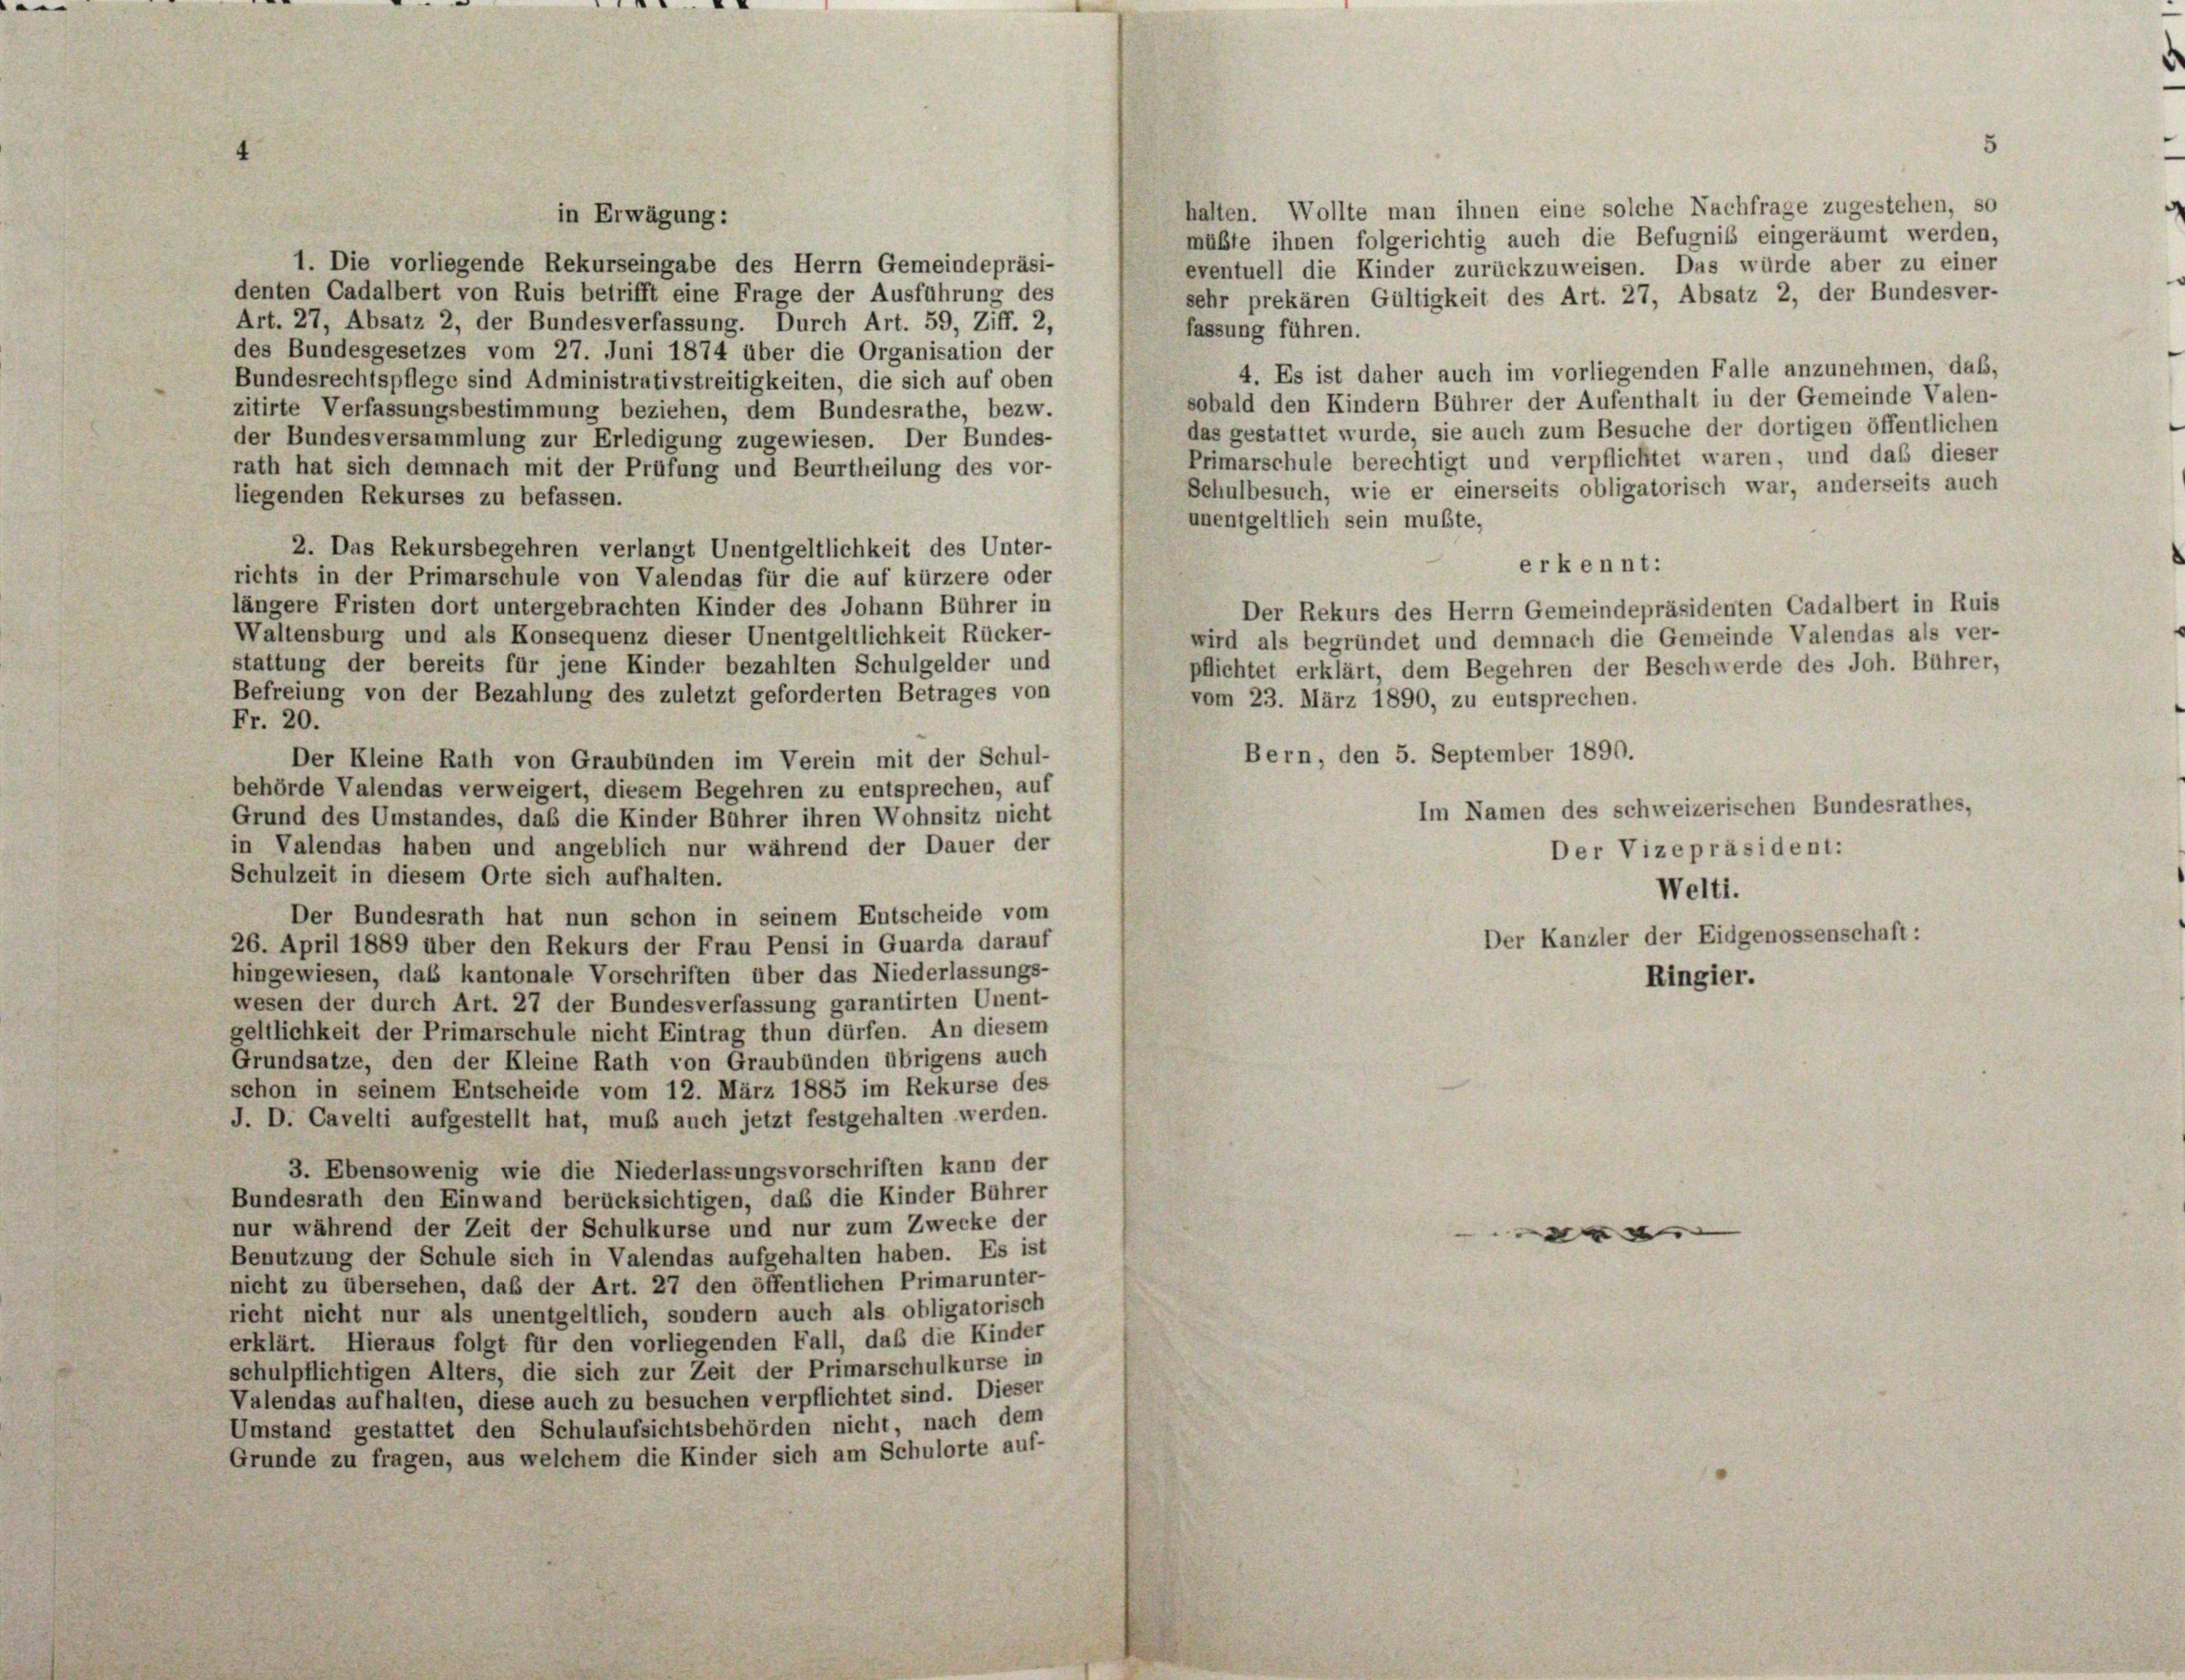
halten. Wollte man ihnen eine solche Nachfrage zugestehen, so
in Erwägung:
müßte ihnen folgerichtig auch die Befugnis eingeräumt werden.
1. Die vorliegende Rekurseingabe des Herrn Gemeindepräsi-
eventuell die Kinder zurückzuweisen. Das würde aber zu einer
denten Cadalbert von Ruis betrifft eine Frage der Ausführung des
sehr prekären Gültigkeit des Art. 27, Absatz 2, der Bundesver-
Art. 27, Absatz 2, der Bundesverfassung. Durch Art. 59, Ziff. 2,
fassung führen.
des Bundesgesetzes vom 27. Juni 1874 über die Organisation der
4. Es ist daher auch im vorliegenden Falle anzunehmen, daß,
Bundesrechtspflege sind Administrativstreitigkeiten, die sich auf oben
sobald den Kindern Bührer der Aufenthalt in der Gemeinde Valen-
zitirte Verfassungsbestimmung beziehen, dem Bundesrathe, bezw.
das gestattet wurde, sie auch zum Besuche der dortigen öffentlichen
der Bundesversammlung zur Erledigung zugewiesen. Der Bundes-
Primarschule berechtigt und verpflichtet waren, und daß dieser
rath hat sich demnach mit der Prüfung und Beurtheilung des vor-
Schulbesuch, wie er einerseits obligatorisch war, anderseits auch
liegenden Rekurses zu befassen.
unentgeltlich sein mußte,
2. Das Rekursbegehren verlangt Unentgeltlichkeit des Unter-
erkennt:
richts in der Primarschule von Valendas für die auf kürzere oder
längere Fristen dort untergebrachten Kinder des Johann Bührer in
Der Rekurs des Herrn Gemeindepräsidenten Cadalbert in Ruis
Waltensburg und als Konsequenz dieser Unentgeltlichkeit Rücker-
wird als begründet und demnach die Gemeinde Valendas als ver-
stattung der bereits für jene Kinder bezahlten Schulgelder und
pflichtet erklärt, dem Begehren der Beschwerde des Joh. Bührer,
Befreiung von der Bezahlung des zuletzt geforderten Betrages von
vom 23. März 1890, zu entsprechen.
Fr. 20.
Bern, den 5. September 1890.
Der Kleine Rath von Graubünden im Verein mit der Schul-
behörde Valendas verweigert, diesem Begehren zu entsprechen, auf
Im Namen des schweizerischen Bundesrathes,
Grund des Umstandes, daß die Kinder Bührer ihren Wohnsitz nicht
in Valendas haben und angeblich nur während der Dauer der
Der Vizepräsident:
Schulzeit in diesem Orte sich aufhalten.
Welti.
Der Bundesrath hat nun schon in seinem Entscheide vom
Der Kanzler der Eidgenossenschaft:
26. April 1889 über den Rekurs der Frau Pensi in Quarda darauf
hingewiesen, das kantonale Vorschriften über das Niederlassungs-
Ringier.
wesen der durch Art. 27 der Bundesverfassung garantirten Unent-
geltlichkeit der Primarschule nicht Eintrag thun dürfen. An diesem
Grundsätze, den der Kleine Rath von Graubünden übrigens auch
schon in seinem Entscheide vom 12. März 1885 im Rekurse des
J. D. Cavelti aufgestellt hat, muß auch jetzt festgehalten werden.
3. Ebensowenig wie die Niederlassungsvorschriften kann der
Bundesrath den Einwand berücksichtigen, daß die Kinder Bührer
nur während der Zeit der Schulkurse und nur zum Zwecke der
4
Benutzung der Schule sich in Valendas aufgehalten haben. Es ist
nicht zu übersehen, daß der Art. 27 den öffentlichen Primarunter-
richt nicht nur als unentgeltlich, sondern auch als obligatorisch
erklärt. Hieraus folgt für den vorliegenden Fall, daß die Kinder
schulpflichtigen Alters, die sich zur Zeit der Primarschulkurse in
Valendas aufhalten, diese auch zu besuchen verpflichtet sind. Dieser
Umstand gestattet den Schulaufsichtsbehörden nicht, nach dem
Grunde zu fragen, aus welchem die Kinder sich am Schulorte auf-

5